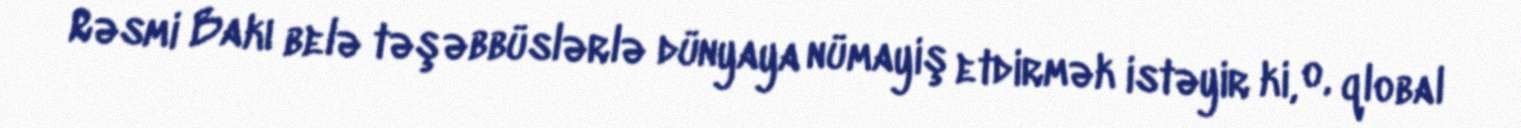
Rəsmi Bakı belə təşəbbüslərlə dünyaya nümayiş etdirmək istəyir ki, o, qlobal